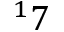
^ 1 7